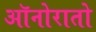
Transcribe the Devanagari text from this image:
ऑनोरातो